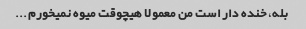
بله، خنده دار است من معمولا هیچوقت میوه نمیخورم...